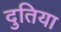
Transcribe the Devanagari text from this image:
दुतिया